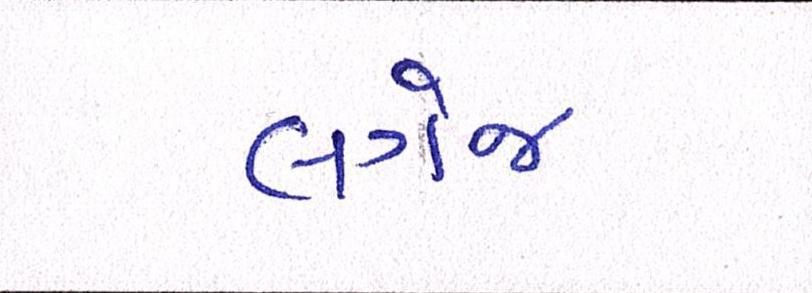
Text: લગેજ